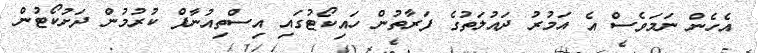
އެހެން ނަމަވެސް އެ އަމުރު ދައުލަތުގެ ފަރާތުން ހައިކޯޓުގައި އިސްތިއުނާފް ކުރުމުން ދަށުކޯޓުން